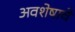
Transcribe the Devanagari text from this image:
अवशेषाचे